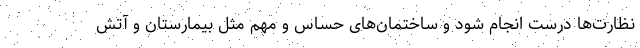
نظارت‌ها درست انجام شود و ساختمان‌های حساس و مهم مثل بیمارستان و آتش